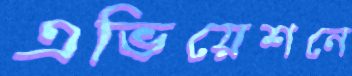
এভিয়েশনে